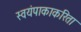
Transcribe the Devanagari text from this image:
स्वयंपाकाकरिता